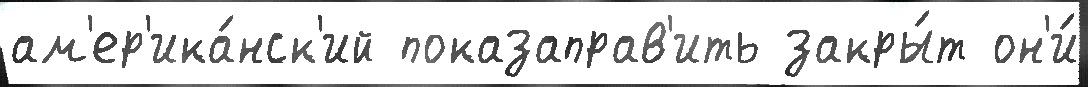
ам'ер'ика́нск'ий показаправ'ить закры́т он'и́